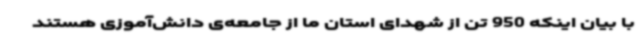
با بیان اینکه 950 تن از شهدای استان ما از جامعه‌ی دانش‌آموزی هستند